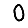
Digit: 0